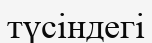
түсіндегі